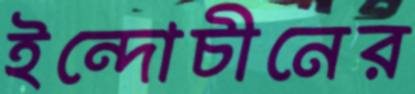
ইন্দোচীনের